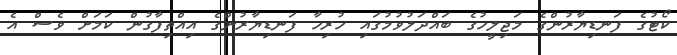
ކޯޓުގެ ފަނޑިޔާރުންގެ މަޖިލީހުގެ ބައްދަލުވުމުގައި ހުރިހާ ފަނޑިޔާރުންގެ އިއްތިފާގުން ކަމަށް ވެސް އެ